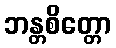
ဘန္တစိတ္တော